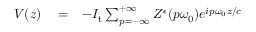
\begin{array} { r l r } { V ( z ) } & { { } = } & { - I _ { \mathrm { t } } \sum _ { p = - \infty } ^ { + \infty } Z ^ { \ast } ( p \omega _ { 0 } ) e ^ { i p \omega _ { 0 } z / c } } \end{array}